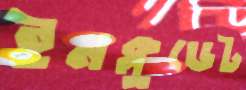
ইনক্লুডেট